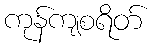
ကုန်ကျစရိတ်